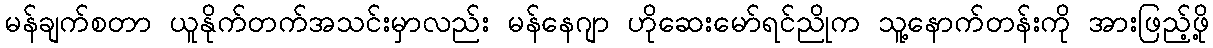
မန်ချက်စတာ ယူနိုက်တက်အသင်းမှာလည်း မန်နေဂျာ ဟိုဆေးမော်ရင်ညိုက သူ့နောက်တန်းကို အားဖြည့်ဖို့